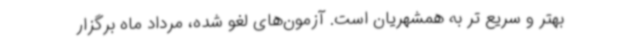
بهتر و سریع تر به همشهریان است. آزمون‌های لغو شده، مرداد ماه برگزار